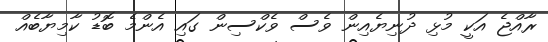
ރާއްޖެ އަކީ މުޅި ދުނިޔެއިން ވެސް ވެކްސިން ގައި އެންމެ ބޮޑު ކާމިޔާބެއް